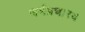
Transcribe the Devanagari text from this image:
धर्मप्रचारय